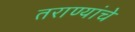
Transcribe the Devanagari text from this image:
तराण्यांचे